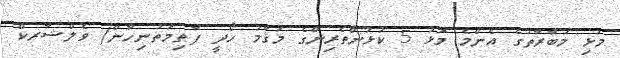
މުޅި މުބާރާތުގެ އެންމެ މޮޅު 5 ކުޅުންތެރިންގެ މަޤާމު ހޯދީ ފާޠިމަތުނިހާން/ ވެލްޝާރކް